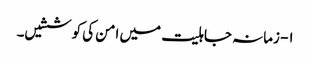
۱- زمانہ جاہلیت میں امن کی کوششیں۔